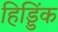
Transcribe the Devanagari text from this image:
हिड्डिंक